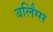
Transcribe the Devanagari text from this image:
बर्लिंग्स